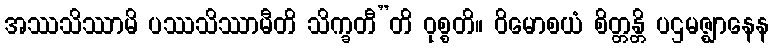
အဿသိဿာမိ ပဿသိဿာမီတိ သိက္ခတီ”တိ ဝုစ္စတိ။ ဝိမောစယံ စိတ္တန္တိ ပဌမဇ္ဈာနေန